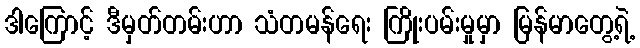
ဒါကြောင့် ဒီမှတ်တမ်းဟာ သံတမန်ရေး ကြိုးပမ်းမှုမှာ မြန်မာတွေ့ရဲ့